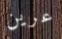
عرين